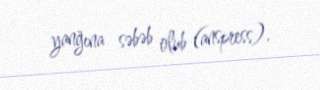
yanğına səbəb olub (anspress).